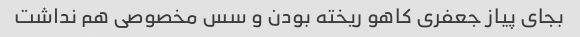
بجای پیاز جعفری کاهو ریخته بودن و سس مخصوصی هم نداشت